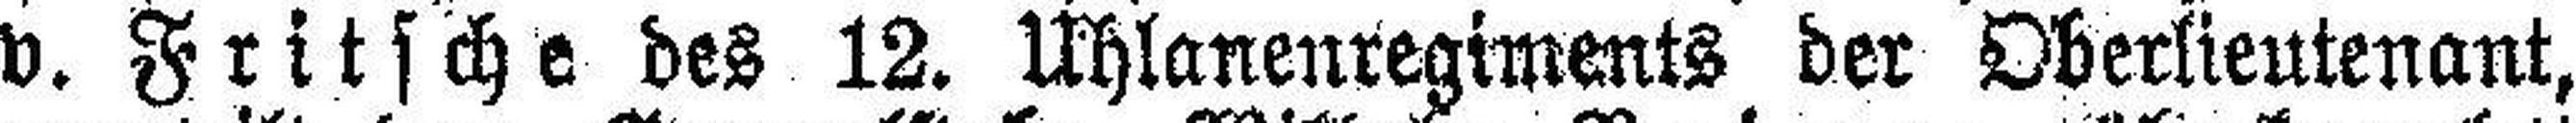
v. Fritsche des 12. Uhlanenregiments der Oberlieutenant,